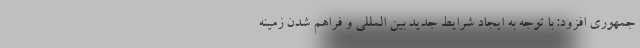
جمهوری افزود: با توجه به ایجاد شرایط جدید بین المللی و فراهم شدن زمینه